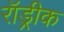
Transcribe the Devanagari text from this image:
रॉड्रीक